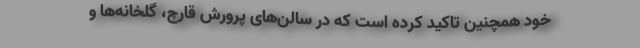
خود همچنین تاکید کرده است که در سالن‌های پرورش قارچ، گلخانه‌ها و